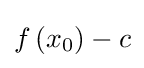
f\left(x_{0}\right)-c